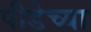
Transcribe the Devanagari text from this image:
पीडेच्या